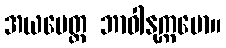
အယမေတ္ထ ဘာဝါနုက္ကမော။